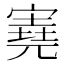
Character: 𡪩